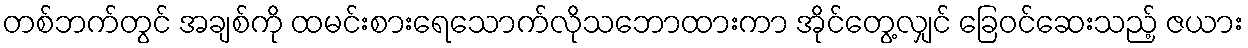
တစ်ဘက်တွင် အချစ်ကို ထမင်းစားရေသောက်လိုသဘောထားကာ အိုင်တွေ့လျှင် ခြေဝင်ဆေးသည့် ဇယား